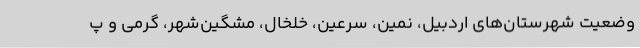
وضعیت شهرستان‌های اردبیل، نمین، سرعین، خلخال، مشگین‌شهر، گرمی و پ